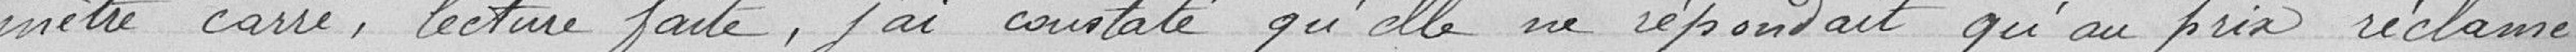
mètre carré, lecture faite, j'ai constaté qu'elle ne répondait qu'au prix réclamé